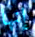
إنها